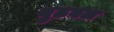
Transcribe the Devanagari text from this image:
बुढवल